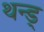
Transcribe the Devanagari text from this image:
थन्ड्